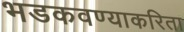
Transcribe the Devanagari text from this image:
भडकवण्याकरिता